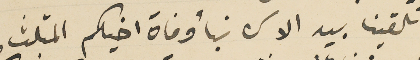
تلقينا بيد الاسى نبأ وفاة اخيكم المثلث